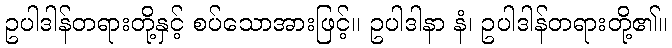
ဥပါဒါန်တရားတို့နှင့် စပ်သောအားဖြင့်။ ဥပါဒါနာ နံ၊ ဥပါဒါန်တရားတို့၏။